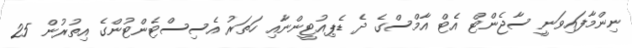
ނިންމާފައިވަނީ ސާޖެންޓް އެޓް އާމްސްގެ ދެ ޑެޕިއުޓީންނާއި ހަތަރު އެސިސްޓެންޓުންގެ އިތުރުން 25